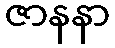
ဇာနနာ